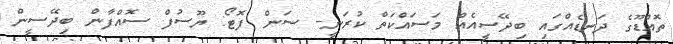
ތޮއްޑޫގެ ދަނޑެއްގައި ބިދޭސީއެއް މަސައްކަތް ކުރަނީ-- ސަން ފޮޓޯ: ޔޫސުފް ސޮއްފާން ބިދޭސީން